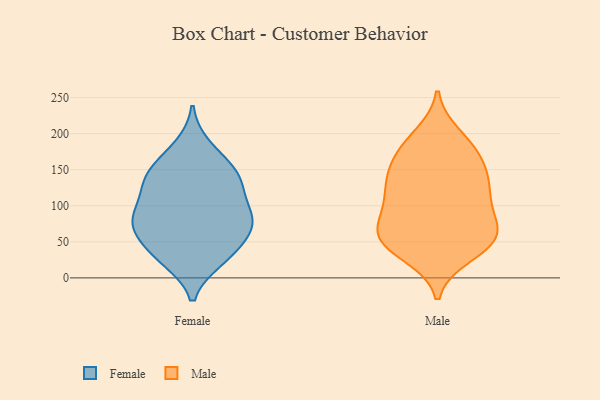
{"axis": {"x": "Gross Profit (USD K)", "y": "Value"}, "legend": ["Female", "Male"], "data": [{"x": "", "y": 181, "type": "Female"}, {"x": "", "y": 32, "type": "Female"}, {"x": "", "y": 82, "type": "Female"}, {"x": "", "y": 78, "type": "Female"}, {"x": "", "y": 77, "type": "Female"}, {"x": "", "y": 132, "type": "Female"}, {"x": "", "y": 86, "type": "Female"}, {"x": "", "y": 26, "type": "Female"}, {"x": "", "y": 162, "type": "Female"}, {"x": "", "y": 115, "type": "Female"}, {"x": "", "y": 134, "type": "Female"}, {"x": "", "y": 71, "type": "Female"}, {"x": "", "y": 138, "type": "Female"}, {"x": "", "y": 143, "type": "Female"}, {"x": "", "y": 80, "type": "Female"}, {"x": "", "y": 47, "type": "Female"}, {"x": "", "y": 30, "type": "Female"}, {"x": "", "y": 82, "type": "Male"}, {"x": "", "y": 44, "type": "Male"}, {"x": "", "y": 102, "type": "Male"}, {"x": "", "y": 184, "type": "Male"}, {"x": "", "y": 65, "type": "Male"}, {"x": "", "y": 60, "type": "Male"}, {"x": "", "y": 109, "type": "Male"}, {"x": "", "y": 48, "type": "Male"}, {"x": "", "y": 73, "type": "Male"}, {"x": "", "y": 116, "type": "Male"}, {"x": "", "y": 144, "type": "Male"}, {"x": "", "y": 169, "type": "Male"}, {"x": "", "y": 128, "type": "Male"}, {"x": "", "y": 137, "type": "Male"}, {"x": "", "y": 45, "type": "Male"}, {"x": "", "y": 58, "type": "Male"}, {"x": "", "y": 197, "type": "Male"}, {"x": "", "y": 179, "type": "Male"}, {"x": "", "y": 32, "type": "Male"}, {"x": "", "y": 148, "type": "Male"}]}